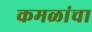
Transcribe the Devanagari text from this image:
कमळांचा